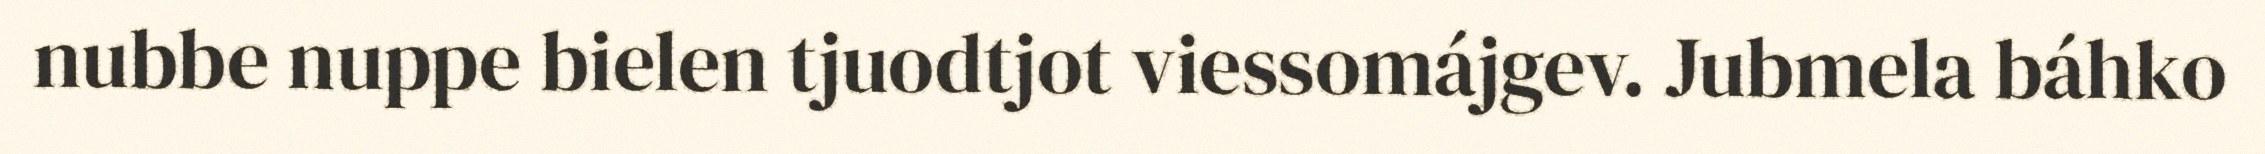
nubbe nuppe bielen tjuodtjot viessomájgev. Jubmela báhko